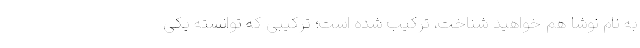
به نام نوشا هم خواهید شناخت، ترکیب شده است؛ ترکیبی که توانسته یکی